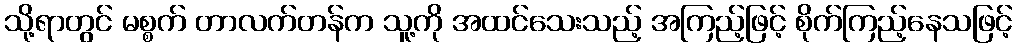
သို့ရာတွင် မစ္စက် တာလက်တန်က သူ့ကို အထင်သေးသည့် အကြည့်ဖြင့် စိုက်ကြည့်နေသဖြင့်